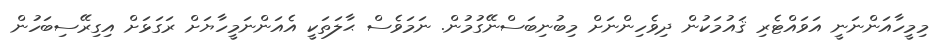
މިމީހާއަންނަނީ އަވައްޓެރި ޤައުމަކުން ދިވެހިންނަށް މިބުނިބަސްނޭގުމުން. ނަމަވެސް ޙާލަތަކީ އެއަންނަމީހާޔަށް ރަގަޅަށް އިގިރޭސިބަހުން